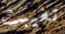
تغيبت